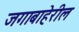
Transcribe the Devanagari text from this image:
जगाबाहेरील